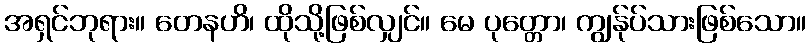
အရှင်ဘုရား။ တေနဟိ၊ ထိုသို့ဖြစ်လျှင်။ မေ ပုတ္တော၊ ကျွန်ုပ်သားဖြစ်သော။